Annual report on the Civil Veterinary Department, Burma (including the Insein Veterinary School) - 1910-1922
Year: 1910
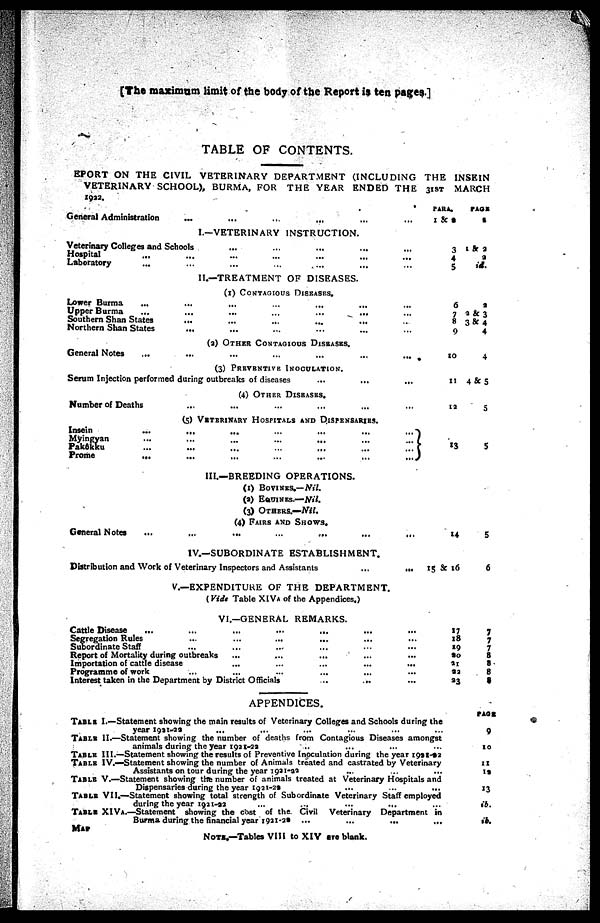
[The maximum limit of the body of the Report is ten pages.]
TABLE OF CONTENTS.
EPORT ON THE CIVIL VETERINARY DEPARTMENT (INCLUDING THE INSEIN
VETERINARY SCHOOL), BURMA, FOR THE YEAR ENDED THE 31ST MARCH
General Administration
...
...
... ... ... ...
I.—VETERINARY INSTRUCTION.
Veterinary Colleges and Schools ... ... ... ... ... ...
Hospital... ... ... ... ... ...
Laboratory
...
...
...
...
...
...
II.—TREATMENT OF DISEASES.
(1) CONTAGIOUS DISEASES.
Lower Burma ... ... ... ... ... ... ...
Upper Burma
...
...
...
...
...
...
Southern Shan States
...
...
...
...
...
Northern Shan States
... ... ... ... ... ...
(2) OTHER CONTAGIOUS DISEASES.
General Notes
...
...
...
...
...
...
...
(3) PREVENTIVE INOCULATION.
Serum Injection performed during outbreaks of diseases
...
...
...
(4)
OTHER DISEASES
Number of Deaths
(5) VETERINARY HOSPITALS AND DISPENSARIES.
Insein
...
...
...
...
...
...
...
Myingyan
...
...
...
...
...
...
...
Pakôkku ... ... ... ... ... ... ...
Prome
...
...
...
...
...
...
...
PARA.
1 & 2
3
4
5
6
7
8
9
10
11
12
13
PAGE
2
1 & 2
2
id.
2
2 & 3
3 & 4
4
4
4 & 5
5
5
III.—BREEDING OPERATIONS.
(1) BOVINES.—Nil.
(a) EQUINES.—Nil.
(3) OTHERS.—Nil.
(4) FAIRS AND SHOWS.
General Notes
...
...
...
...
...
...
...
IV.—SUBORDINATE ESTABLISHMENT.
Distribution and Work of Veterinary Inspectors and Assistants
...
...
V.—EXPENDITURE OF THE DEPARTMENT.
(Vide Table XIV A of the Appendices.)
VI.—GENERAL REMARKS.
Cattle Disease
... ... ... ... ... ... ...
Segregation Rules ... ... ... ... ... ...
Subordinate Staff ... ... ... ... ... ...
Report of Mortality during outbreaks
...
...
... ... ...
Importation of cattle disease
...
...
...
...
...
Programme of work ... ... ... ... ...
Interest taken in the Department by District Officials
...
... ...
14
15 & 16
17
18
19
20
21 92
23
5
6
7
7
7
8
8
8
8
APPENDICES.
TABLE I.—Statement showing the main results of Veterinary Colleges and Schools during the
year 1921-22 ... ... ... ... ... ... ...
TABLE II.—Statement showing the number of deaths from Contagious Diseases amongst
animals during the year 1921-23 ... ... ... ...
TABLE III.—Statement showing the results of Preventive Inoculation during the year 1991-92
TABLE IV.—Statement showing the number of Animals treated and castrated by Veterinary
Assistants on tour during the year 1921-22 ... ... ...
TABLE V.—Statement showing the number of animals treated at Veterinary Hospitals and
Dispensaries during the year 1921-22
...
...
...
TABLE VII.—Statement showing total strength of Subordinate Veterinary Staff employed
during the year 1931-92
...
...
...
...
TABLE XIV A.—Statement showing the cost of the Civil Veterinary Department in
Burma during the financial year 1921-29 ...
...
...
...
NOTE.—Tables VIII to XIV are blank.
PAGE
9
10
11
12
13
ib.
ib.